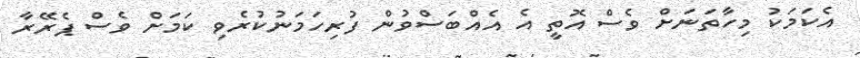
އެކަމަކު މިހާތަނަށް ވެސް އޮތީ އެ އެއްބަސްވުން ފުރިހަމަނުކުރެވި ކަމަށް ވެސް ޕެރޭރާ